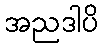
အညဒါပိ